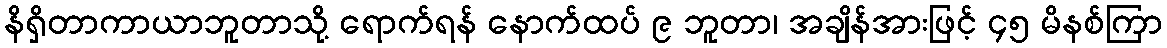
နိရှိတာကာယာဘူတာသို့ ရောက်ရန် နောက်ထပ် ၉ ဘူတာ၊ အချိန်အားဖြင့် ၄၅ မိနစ်ကြာ